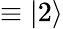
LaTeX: \equiv|2\rangle